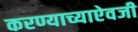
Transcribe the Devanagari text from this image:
करण्याच्याऐवजी